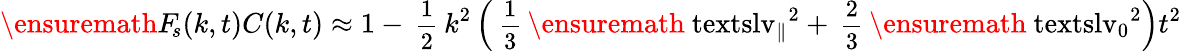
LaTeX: \ensuremath{F_{\! s}}(k,t)C(k,t)\approx 1-\mathrm{\small~\displaystyle\frac{1}{2}~}k^{2}\left(\mathrm{\small~\displaystyle\frac{1}{3}~}\ensuremath{\mathrm{\ textsl{v}}_{\parallel}}^{2}+\mathrm{\small~\displaystyle\frac{2}{3}~}\ensuremath{\mathrm{\ textsl{v}}_{0}}^{2}\right)t^{2}